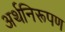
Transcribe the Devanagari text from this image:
अर्थनिरूपण